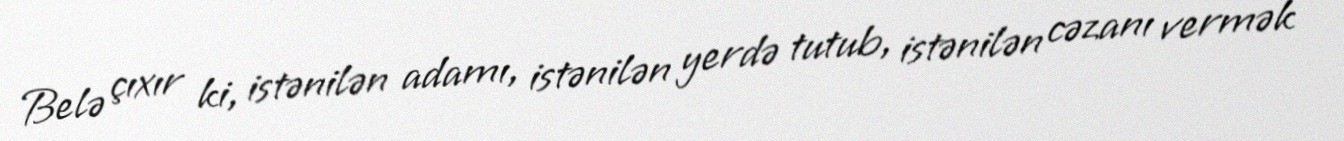
Belə çıxır ki, istənilən adamı, istənilən yerdə tutub, istənilən cəzanı vermək